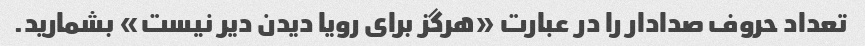
تعداد حروف صدادار را در عبارت «هرگز برای رویا دیدن دیر نیست» بشمارید.